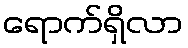
ရောက်ရှိလာ